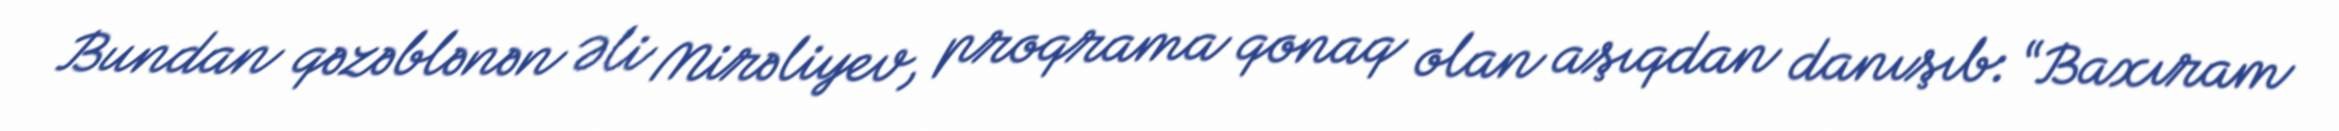
Bundan qəzəblənən Əli Mirəliyev, proqrama qonaq olan aşıqdan danışıb: “Baxıram